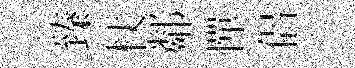
臻杖鄰憚侶